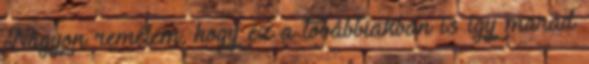
Nagyon remélem, hogy ez a továbbiakban is így marad